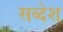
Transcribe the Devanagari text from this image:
सब्देश